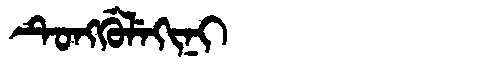
Manchu: ᡨᡠᠩᡤᡠᠯᡝᡴᡳᠨᡳ
Romanization: TUNGGULEKINI